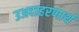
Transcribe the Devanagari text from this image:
उअदाहरणार्थ